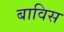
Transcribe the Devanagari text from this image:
बाविस